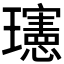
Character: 𪼭